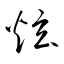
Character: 炫